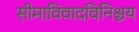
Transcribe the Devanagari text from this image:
सीमाविवादविनिश्चय